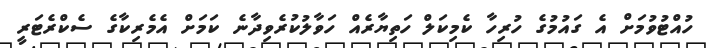
ހުއްޓުވުމަށް އެ ގައުމުގެ ހުރިހާ ކެމިކަލް ހަތިޔާރެއް ހަވާލުކުރެވިދާނެ ކަމަށް އެމެރިކާގެ ސެކްރެޓަރީ